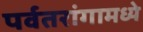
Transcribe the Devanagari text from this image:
पर्वतरांगामध्ये